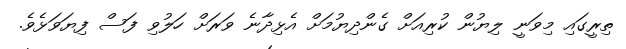
ތިރީގައި މިވަނީ ލިޔުން ކުރިއަށް ގެންދިޔުމަށް އެޅިދާނެ ވަރަށް ހަލުވި ފަސް ފިޔަވަޅެވެ.